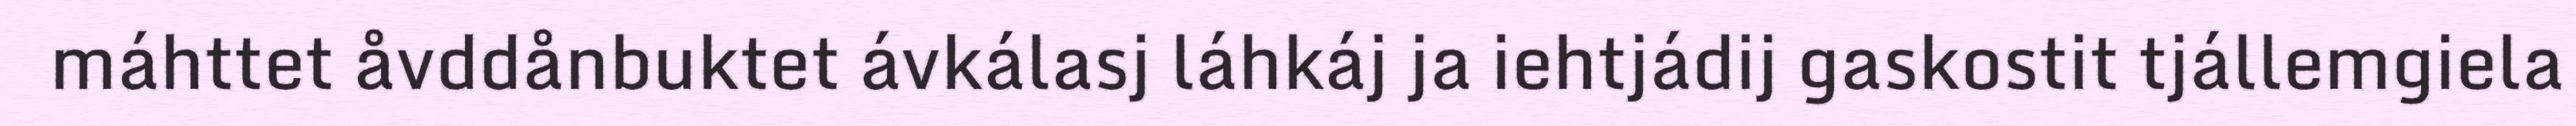
máhttet åvddånbuktet ávkálasj láhkáj ja iehtjádij gaskostit tjállemgiela